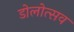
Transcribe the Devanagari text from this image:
डोलोत्सव